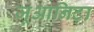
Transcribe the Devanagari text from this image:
जूआनिटा